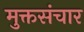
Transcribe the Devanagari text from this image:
मुक्तसंचार